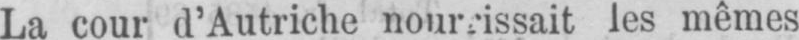
les mêmes